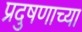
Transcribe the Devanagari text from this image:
प्रदुषणाच्या